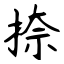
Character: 捺